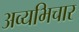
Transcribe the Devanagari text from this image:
अव्यभिचार